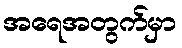
အရေအတွက်မှာ